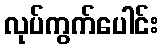
လုပ်ကွက်ပေါင်း